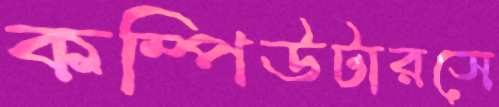
কম্পিউটারসে